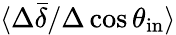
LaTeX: \langle\Delta\bar{\delta}/\Delta\cos\theta_{\mathrm{in}}\rangle